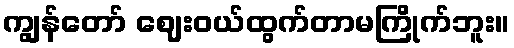
ကျွန်တော် ဈေးဝယ်ထွက်တာမကြိုက်ဘူး။